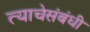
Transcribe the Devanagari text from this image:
त्याचेसंबंधी